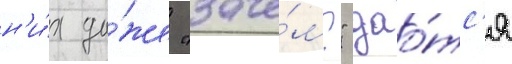
н'и́х да́же "заче́м?" дао́тс'я